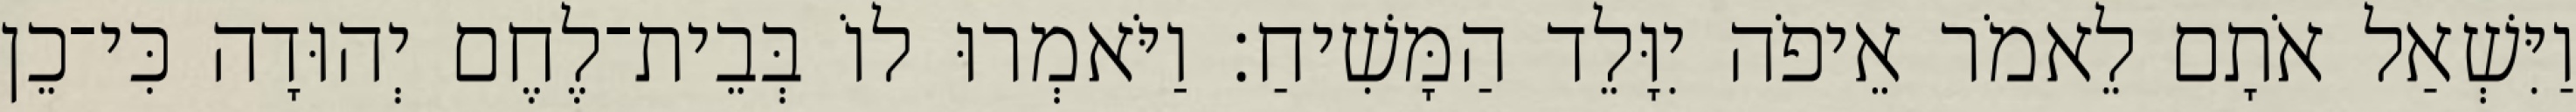
וַיִּשְׁאַל אֹתָם לֵאמֹר אֵיפֹה יִוָּלֵד הַמָּשִׁיחַ׃ וַיֹּאמְרוּ לוֹ בְּבֵית־לֶחֶם יְהוּדָה כִּי־כֵן